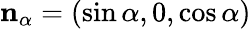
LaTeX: \mathbf{n}_{\alpha}=(\sin\alpha,0,\cos\alpha)